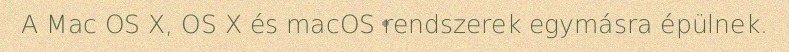
A Mac OS X, OS X és macOS rendszerek egymásra épülnek.